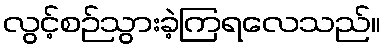
လွင့်စဉ်သွားခဲ့ကြရလေသည်။